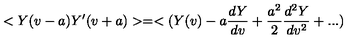
< Y ( v - a ) Y ^ { \prime } ( v + a ) > = < ( Y ( v ) - a { \frac { d Y } { d v } } + { \frac { a ^ { 2 } } { 2 } } { \frac { d ^ { 2 } Y } { d v ^ { 2 } } } + . . . )